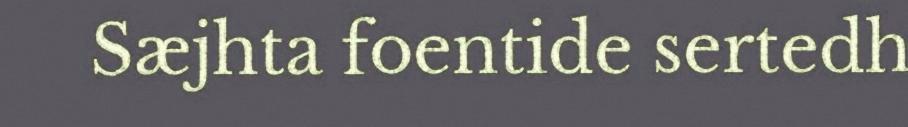
Sæjhta foentide sertedh